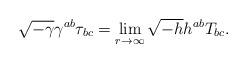
LaTeX: \begin{align*} \sqrt{-\gamma}\gamma^{ab}\tau_{bc}=\lim_{r\to \infty}\sqrt{-h}h^{ab}T_{bc}.\end{align*}